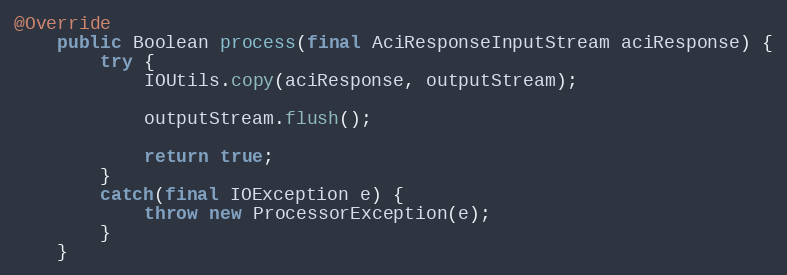
Language: Java
@Override
    public Boolean process(final AciResponseInputStream aciResponse) {
        try {
            IOUtils.copy(aciResponse, outputStream);

            outputStream.flush();

            return true;
        }
        catch(final IOException e) {
            throw new ProcessorException(e);
        }
    }